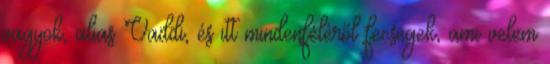
vagyok, alias Vaddi, és itt mindenféléről fecsegek, ami velem